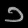
Digit: ၁